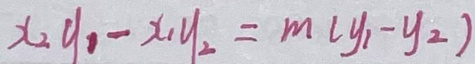
$x_2y_1 - x_1y_2 = m(y_1 - y_2)$